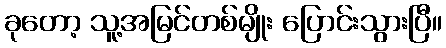
ခုတော့ သူ့အမြင်တစ်မျိုး ပြောင်းသွားပြီ။